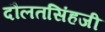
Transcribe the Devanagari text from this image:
दौलतसिंहजी